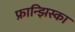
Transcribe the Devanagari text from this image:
फ्रान्झिस्का